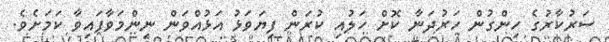
ސަރުކާރުގެ ހިންގުން ހަރުދަނާ ކޮށް ހަލުއި ކުރަން ފިޔަވަޅު އަޅުއްވަން ނިންމަވާފައިވާ ކަމަށެވެ.